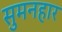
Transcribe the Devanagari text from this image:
सुमनहार